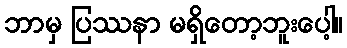
ဘာမှ ပြဿနာ မရှိတော့ဘူးပေါ့။